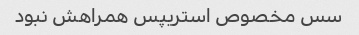
سس مخصوص استریپس همراهش نبود